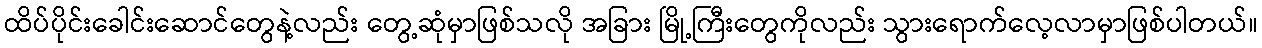
ထိပ်ပိုင်းခေါင်းဆောင်တွေနဲ့လည်း တွေ့ဆုံမှာဖြစ်သလို အခြား မြို့ကြီးတွေကိုလည်း သွားရောက်လေ့လာမှာဖြစ်ပါတယ်။